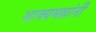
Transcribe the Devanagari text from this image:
शाक्यमल्लांनी